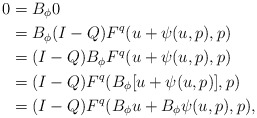
\begin{align*}0&= B_\phi 0\\&= B_\phi (I-Q) F^q(u + \psi(u,p),p)\\&= (I-Q) B_\phi F^q(u + \psi(u,p),p)\\&= (I-Q) F^q(B_\phi[u+\psi(u,p)], p)\\&= (I-Q) F^q(B_\phi u + B_\phi \psi(u,p), p),\end{align*}